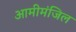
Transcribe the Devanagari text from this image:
आमीमंजिल